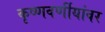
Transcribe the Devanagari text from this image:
कृष्णवर्णीयांवर